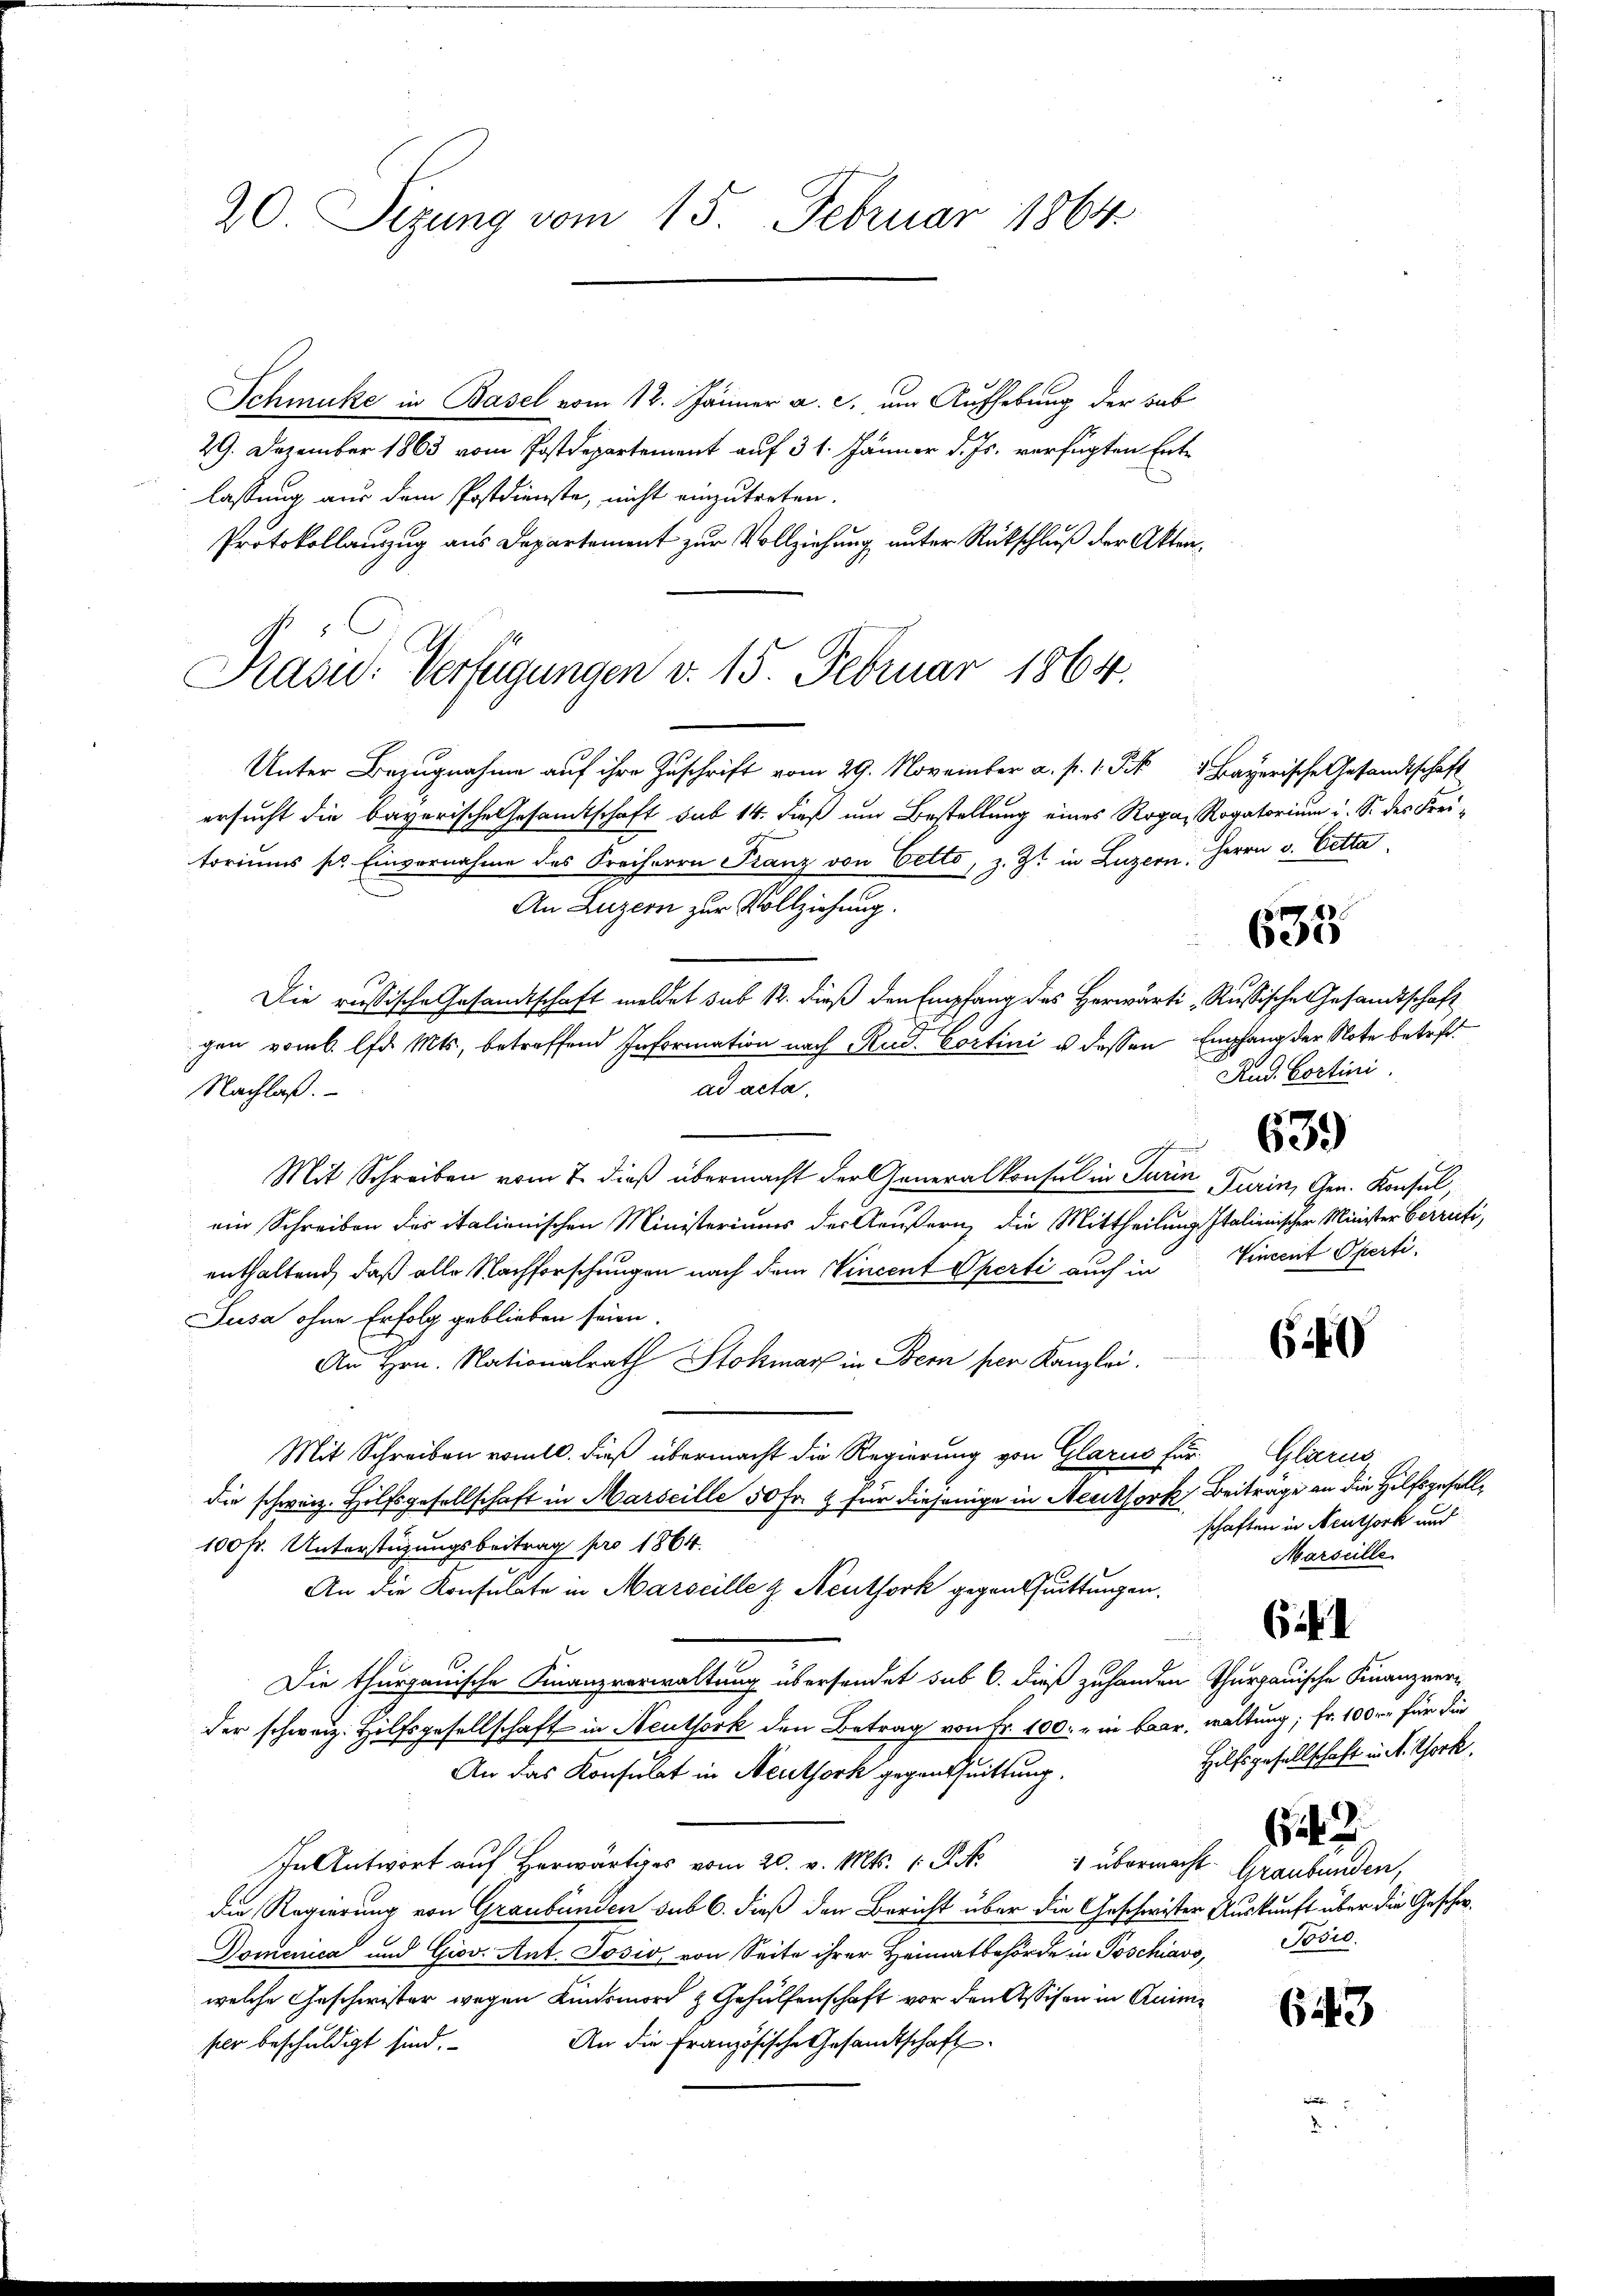
20. Sizung vom 15. Februar 1864.

Schmucke in Basel vom 12. Jänner a. c. um Aufhebung der hab
29. Dezember 1863 vom Postdepartement auf 31. Jänner d. Js. verfügten Entlassung aus dem Postdienste, nicht einzutreten.
Protokollauszug aus Departement zur Vollziehung unter Rückschluß der Akten¬
Unter Bezugnahme auf ihre Zuschrift vom 29. November a. p. 1. F 1 Bayerische Gesandtschaft
ersucht die bayerische Gesamtschaft sub 14. Faß um Bestellung eines Roga, Rogatorium u. S. des Freitoriums pr. Einvernahme des Freiherrn Franz von Vetto, z. Zt. in Luzern, Herrn v. Cetta
An Luzern zur Vollziehung.
Die russische Gesandtschaft meldet sub 12. dieß den Empfang des Herwärti Russische Gesandtschaft
gen vom 6. d. Mts., betreffend Information nach Rud. Cortini u. dessen Empfang der Note betriftad acta.
Nachlaß.
Mit Schreiben vom 7. dieß übermacht der Generalkonsul in Turin Turin, Gen. Konsul,
ein Schreiben des italienischen Ministeriums der Aeußern, die Mittheilung Italienischer Minister Verrüti,
enthaltend, daß alle Nachforschungen nach dem Vincent Operti auch in Vincent Operti¬
Lusa ohne Erfolg geblieben seien
An Hrn. Nationalrath Stokmar in Bern per Kanzlei.
Mit Schreiben vom 10. dieß übermacht die Regierung von Glarus für
die schweiz. Hilfsgesellschaft in Marseille 50 Fr. 2 für diejenige in Neuthor Beiträge an die Hilfsgesell¬
100 fr. Unterstüzungsbeitrag pro 1864.
An die Konsulate in Marseille & Aeuthork gegentuittungen.
Die thurgauische Finanzverwaltung übersendet sub 6. dieß zuhanden Thurgauische Finanzver-
der schweiz. Hilfsgesellschaft in Neuthork den Betrag von Fr. 100. in Baar, waltung; fr. 100 fr für die
An das Konsulat in Neuthork gegenthuittung.
 übermacht.
In Antwort auf herwärtiges vom 20. v. Mts. 1 Pkt.
die Regierung von Graubünden sub 6. dieß den Bericht über die Geschwister Auskunft über die Geschw.
Domenica und Giov. Ant. Josis von Seite ihrer Heimatbehörde in Poschiavo,
welche Geschwister wegen Kindsmord & Gehülfenschaft vor den Assison in Quini¬
An die Französische Gesandtschaft
ser beschuldigt sind.

Präsid. Verfügungen d. 15. Februar 1864.

635

Rud. Cortini.

639

6

Glan
schaften in Neuthork und
Marseille

6.

Hilfsgesellschaft in A. Thork
642.
Graubünden,
Posio.

6243